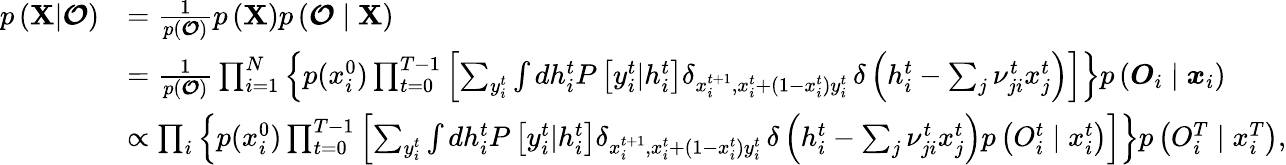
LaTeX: \begin{array}{rl}{p\left({\mathbf X}|\boldsymbol{\mathcal{O}}\right)}&{=\frac{1}{p\left(\boldsymbol{\mathcal{O}}\right)}p\left({\mathbf X}\right)p\left(\boldsymbol{\mathcal{O}}\mid\mathbf X\right)}\\ &{=\frac{1}{p\left(\boldsymbol{\mathcal{O}}\right)}\prod_{i=1}^{N}\left\{ p(x_{i}^{0})\prod_{t=0}^{T-1}\left[\sum_{y_{i}^{t}}\int dh_{i}^{t}P\left[y_{i}^{t}|h_{i}^{t}\right]\delta_{x_{i}^{t+1},x_{i}^{t}+\left(1-x_{i}^{t}\right)y_{i}^{t}}\, \delta\left(h_{i}^{t}-\sum_{j}\nu_{ji}^{t}x_{j}^{t}\right)\right]\right\} p\left(\boldsymbol{O}_{i}\mid\boldsymbol{x}_{i}\right)}\\ &{\propto\prod_{i}\left\{ p(x_{i}^{0})\prod_{t=0}^{T-1}\left[\sum_{y_{i}^{t}}\int dh_{i}^{t}P\left[y_{i}^{t}|h_{i}^{t}\right]\delta_{x_{i}^{t+1},x_{i}^{t}+\left(1-x_{i}^{t}\right)y_{i}^{t}}\, \delta\left(h_{i}^{t}-\sum_{j}\nu_{ji}^{t}x_{j}^{t}\right)p\left({O}_{i}^{t}\mid x_{i}^{t}\right)\right]\right\} p\left({O}_{i}^{T}\mid x_{i}^{T}\right),}\end{array}